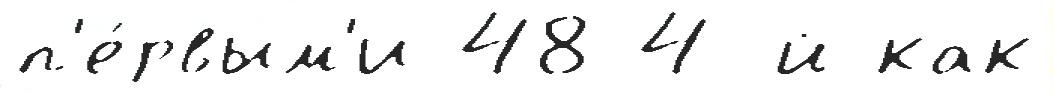
п'е́рвым'и 48 4-й как